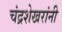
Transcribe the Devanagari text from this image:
चंद्रशेखरांनी